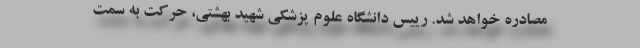
مصادره خواهد شد. رییس دانشگاه علوم پزشکی شهید بهشتی، حرکت به سمت